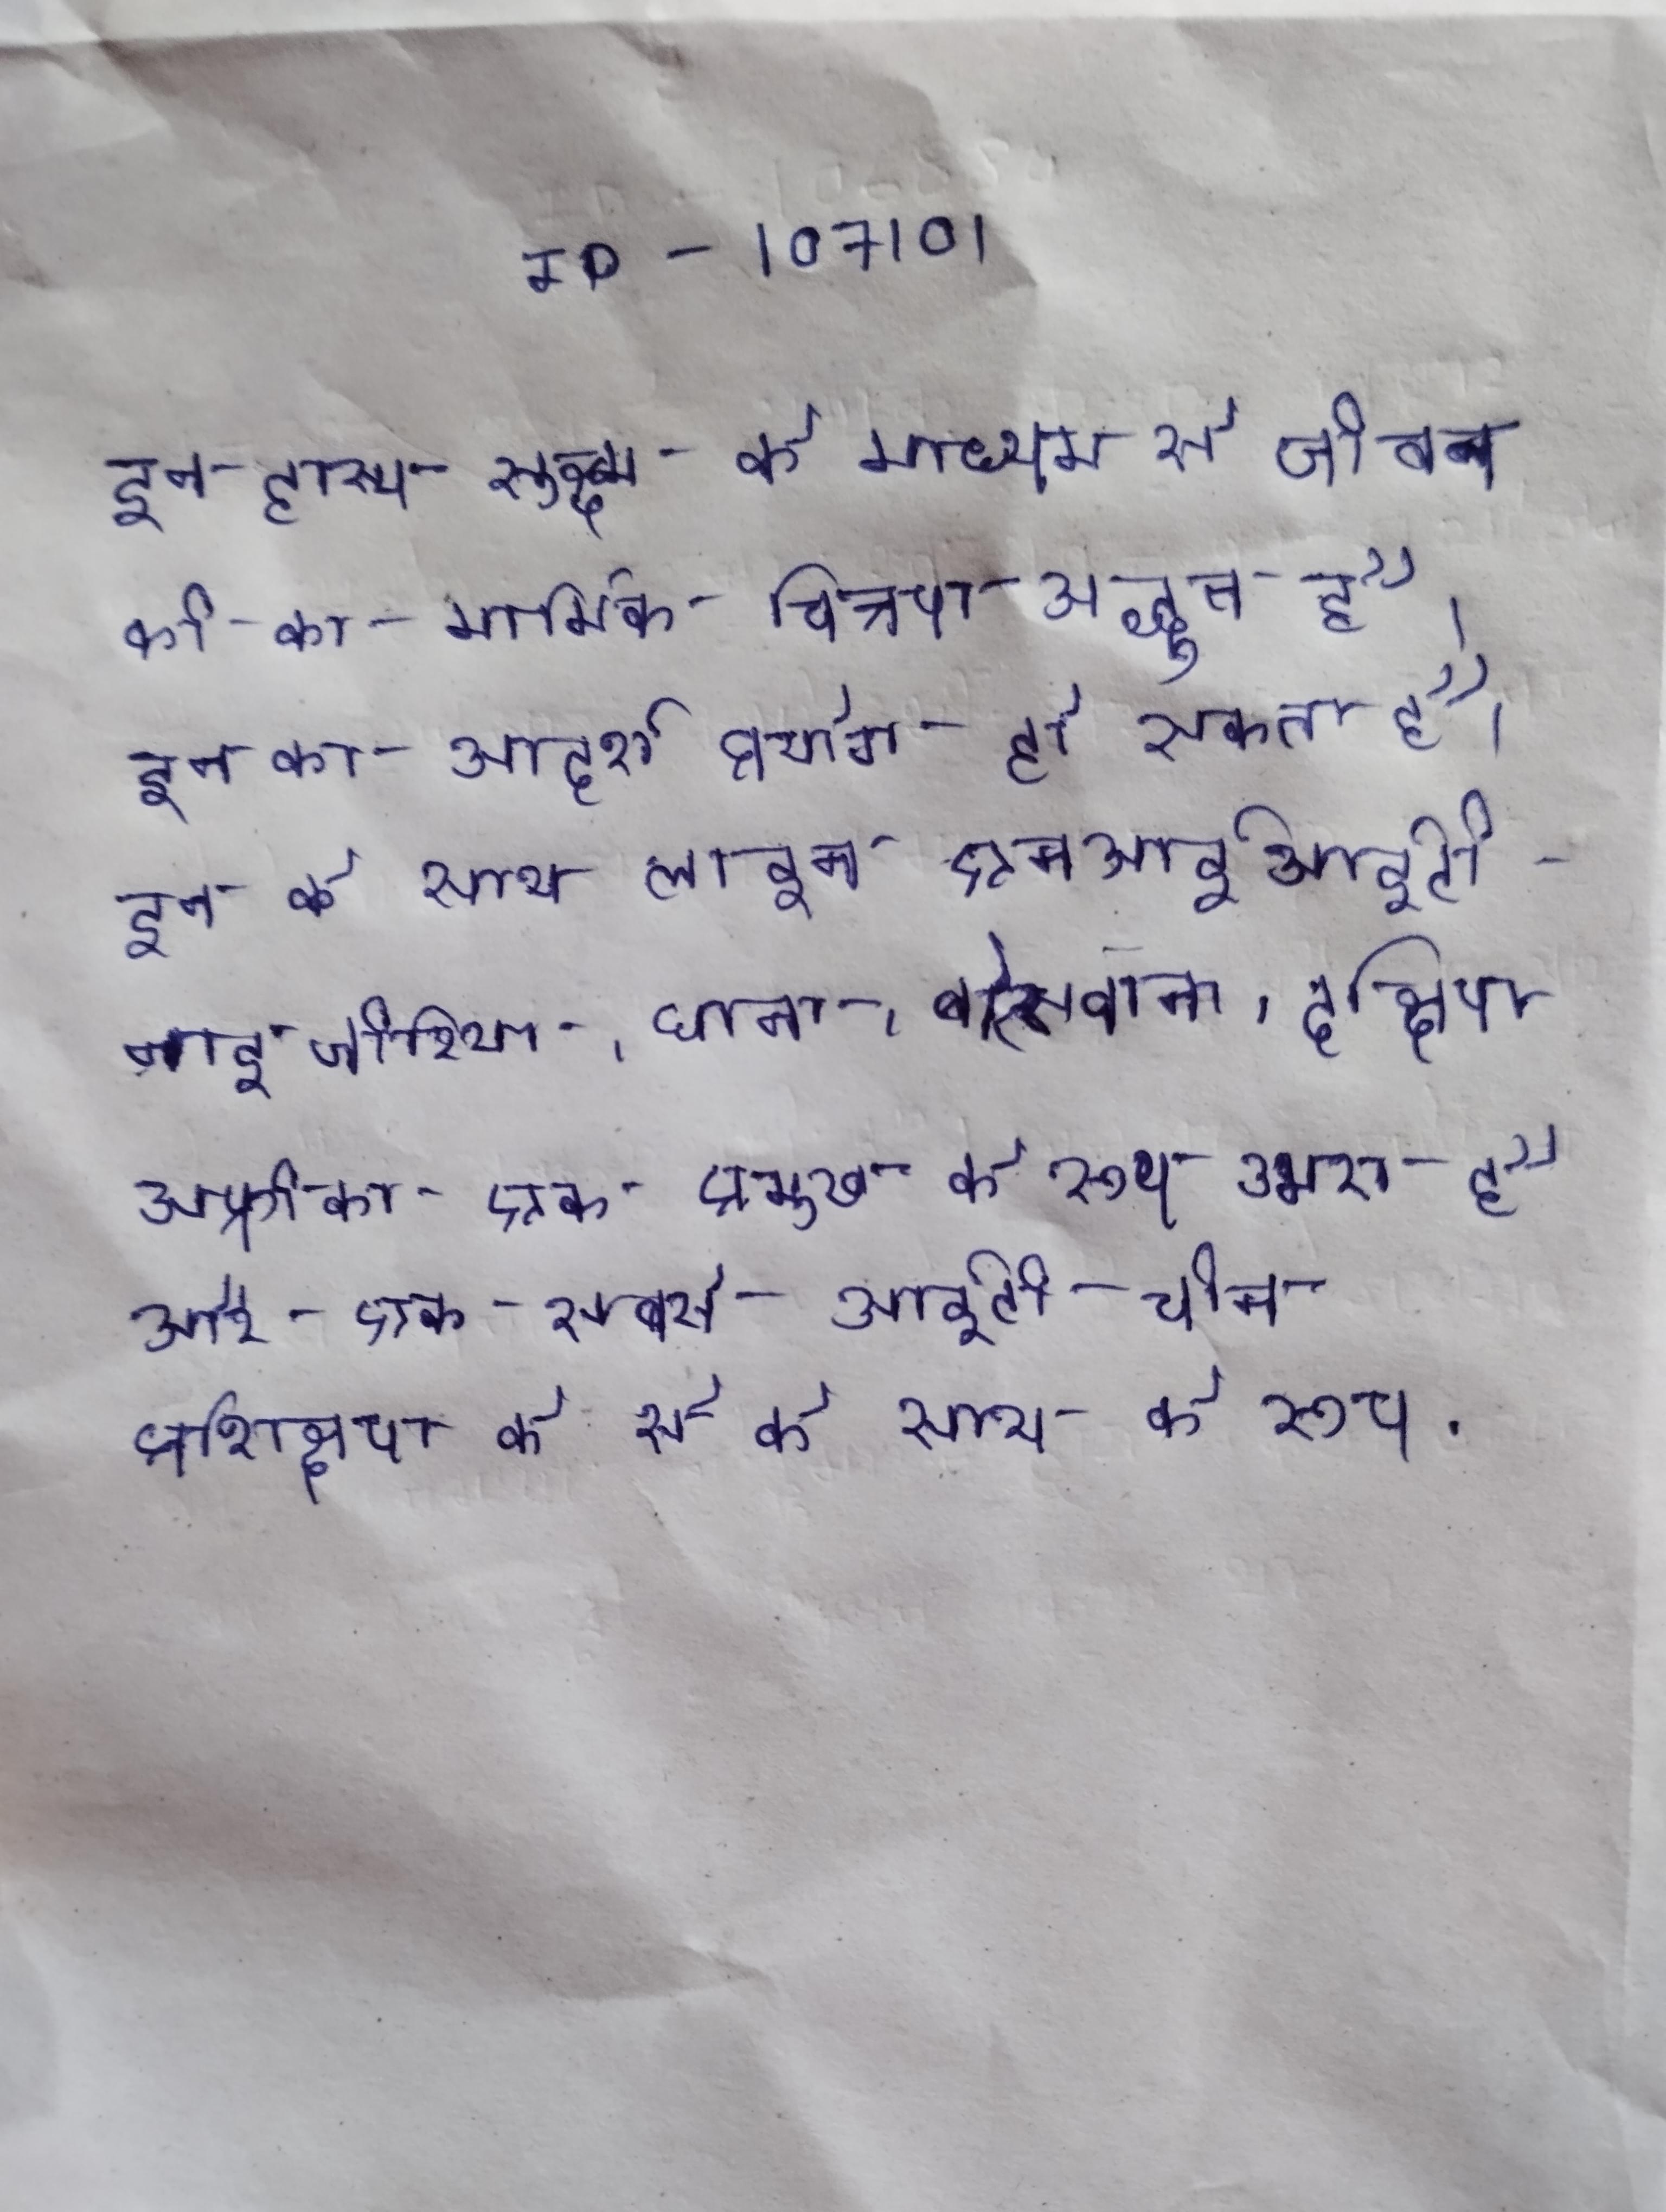
इन हास्य सूक्ष्म के माध्यम से जीवन की का मार्मिक चित्रण अद्भुत है । इन का आदर्श प्रयोग हो सकता है । इन के साथ लाइन एनआईआईटी नाइजीरिया, घाना, बोत्सवाना, दक्षिण अफ्रीका एक प्रमुख के रूप उभरा है और एक सबसे आईटी चीन प्रशिक्षण के से के साथ के रूप .